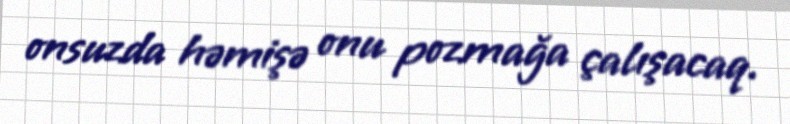
onsuzda həmişə onu pozmağa çalışacaq.